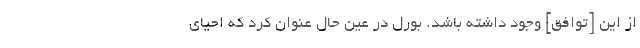
از این [توافق] وجود داشته باشد. بورل در عین حال عنوان کرد که احیای